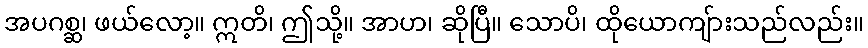
အပဂစ္ဆ၊ ဖယ်လော့။ ဣတိ၊ ဤသို့။ အာဟ၊ ဆိုပြီ။ သောပိ၊ ထိုယောကျ်ားသည်လည်း။